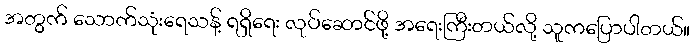
အတွက် သောက်သုံးရေသန့် ရရှိရေး လုပ်ဆောင်ဖို့ အရေးကြီးတယ်လို့ သူကပြောပါတယ်။